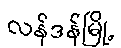
လန်ဒန်မြို့